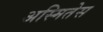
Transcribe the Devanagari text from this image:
अस्मितेस